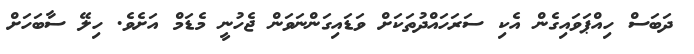
ދަބަސް ހިއްޕަވައިގެން އެކި ސަރަހައްދުތަކަށް ވަޑައިގަންނަވަން ޖެހުނީ މެޑަމް އަށެވެ. ހިލޭ ސާބަހަށް